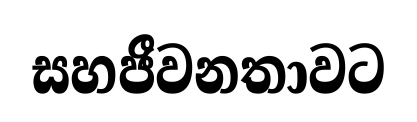
සහජීවනතාවට